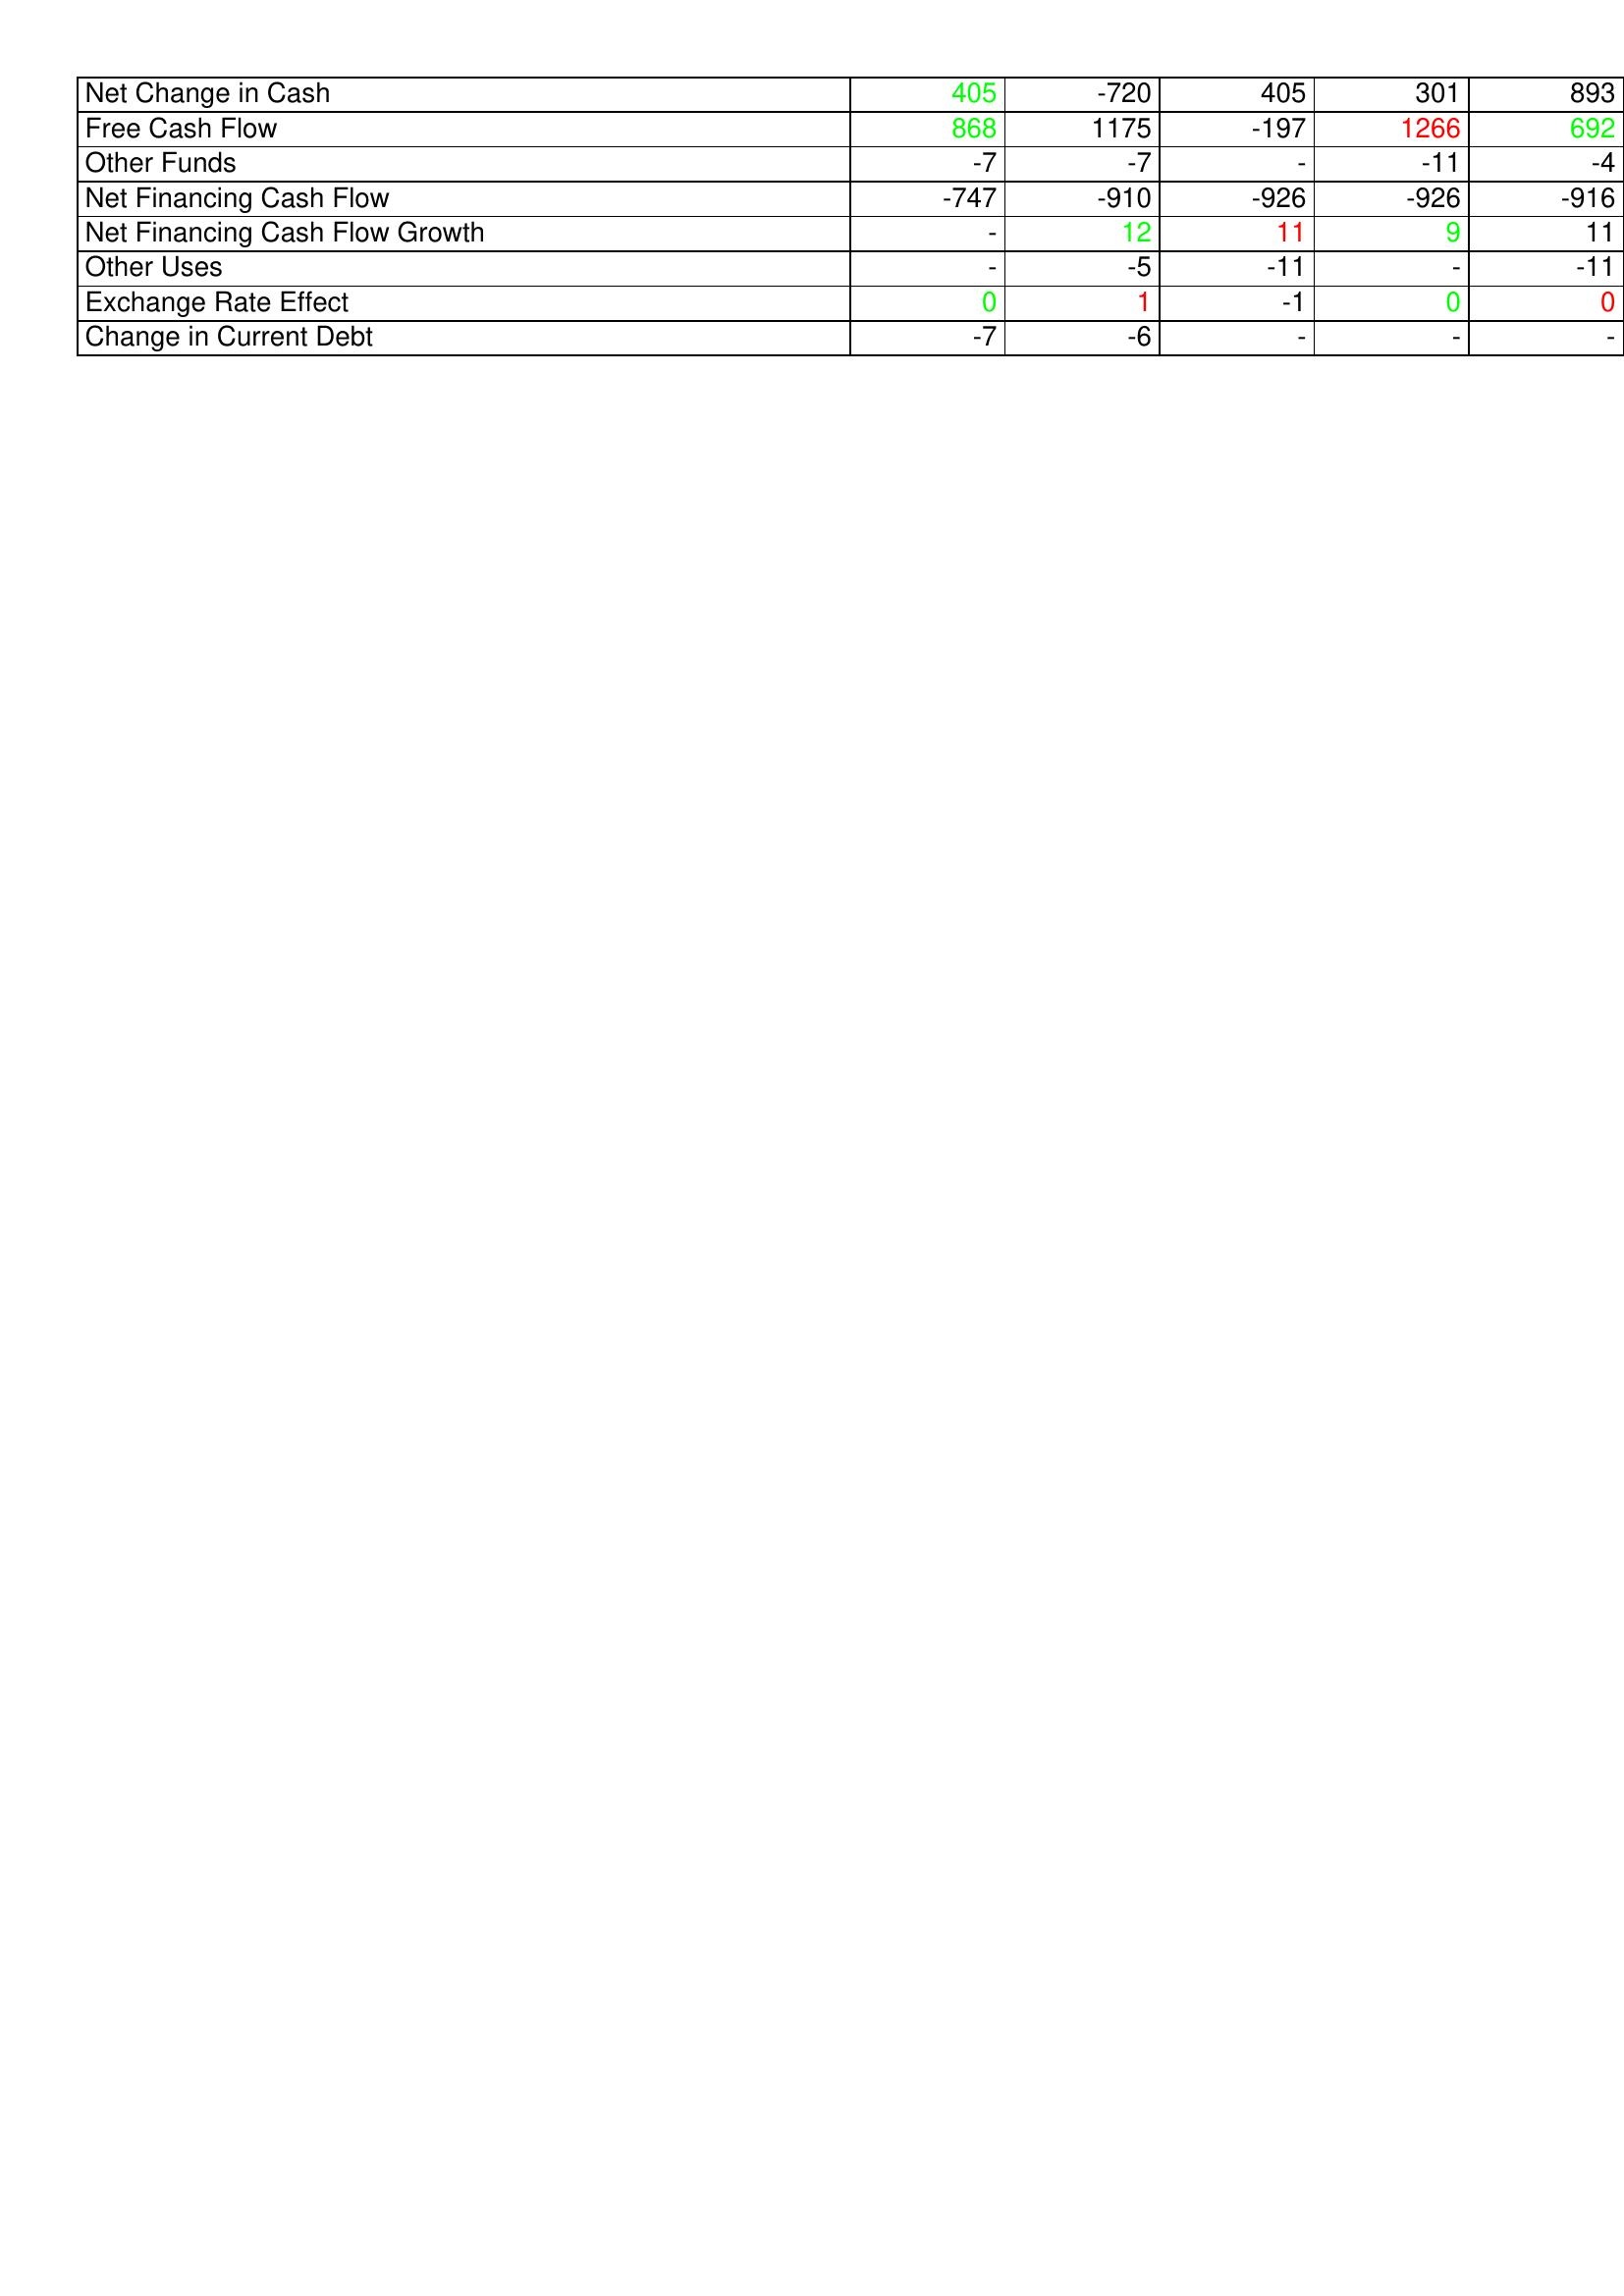
gt_parse: 2008: Financing Activities: Net Change in Cash: 405
Free Cash Flow: 868
Other Funds: -7
Net Financing Cash Flow: -747
Net Financing Cash Flow Growth: -
Other Uses: -
Exchange Rate Effect: 0
Change in Current Debt: -7
2007: Financing Activities: Net Change in Cash: -720
Free Cash Flow: 1175
Other Funds: -7
Net Financing Cash Flow: -910
Net Financing Cash Flow Growth: 12
Other Uses: -5
Exchange Rate Effect: 1
Change in Current Debt: -6
2006: Financing Activities: Net Change in Cash: 405
Free Cash Flow: -197
Other Funds: -
Net Financing Cash Flow: -926
Net Financing Cash Flow Growth: 11
Other Uses: -11
Exchange Rate Effect: -1
Change in Current Debt: -
2005: Financing Activities: Net Change in Cash: 301
Free Cash Flow: 1266
Other Funds: -11
Net Financing Cash Flow: -926
Net Financing Cash Flow Growth: 9
Other Uses: -
Exchange Rate Effect: 0
Change in Current Debt: -
2004: Financing Activities: Net Change in Cash: 893
Free Cash Flow: 692
Other Funds: -4
Net Financing Cash Flow: -916
Net Financing Cash Flow Growth: 11
Other Uses: -11
Exchange Rate Effect: 0
Change in Current Debt: -